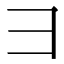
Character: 𫜹